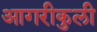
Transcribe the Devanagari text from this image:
आगरीकुली